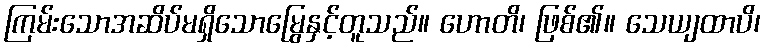
ကြမ်းသောအဆိပ်မရှိသောမြွေနှင့်တူသည်။ ဟောတိ၊ ဖြစ်၏။ သေယျထာပိ၊